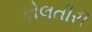
કોલતીરી